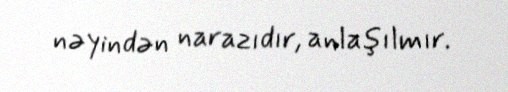
nəyindən narazıdır, anlaşılmır.